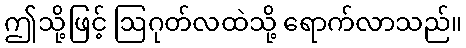
ဤသို့ဖြင့် ဩဂုတ်လထဲသို့ ရောက်လာသည်။